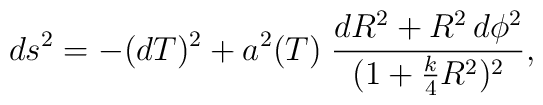
ds^2=-(dT)^2+a^2(T)\;\frac{dR^2+R^2 \,d\phi^2}{(1+\frac{k}{4}R^2)^2},